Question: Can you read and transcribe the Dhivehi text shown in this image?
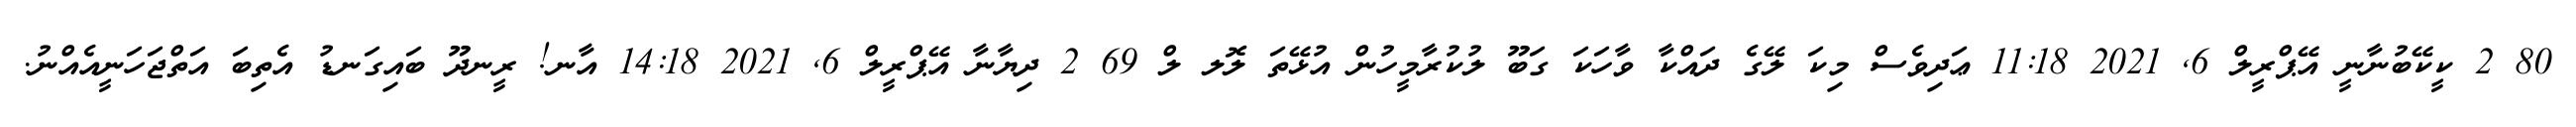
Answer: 80 2 ކީކޭބުނާނީ އޭޕްރީލް 6, 2021 11:18 ޢަދިވެސް މިކަ ލޭގެ ދައްކާ ވާހަކަ ގަބޫ ލުކުރާމީހުން އުޅޭތަ ލޮލ ލް 69 2 ދިޔާނާ އޭޕްރީލް 6, 2021 14:18 އާނ! ރީނދޫ ބައިގަނޑު އެތިބަ އަތްޖަހަނީއެއްނު.